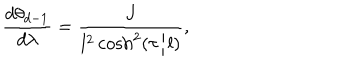
LaTeX: \frac { d \theta _ { d - 1 } } { d \lambda } = \frac { J } { l ^ { 2 } \cosh ^ { 2 } ( \tau / l ) } ,